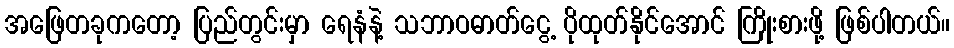
အဖြေတခုကတော့ ပြည်တွင်းမှာ ရေနံနဲ့ သဘာဝဓာတ်ငွေ့ ပိုထုတ်နိုင်အောင် ကြိုးစားဖို့ ဖြစ်ပါတယ်။